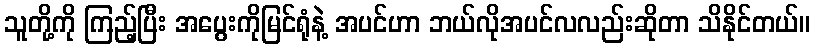
သူတို့ကို ကြည့်ပြီး အပွေးကိုမြင်ရုံနဲ့ အပင်ဟာ ဘယ်လိုအပင်လလည်းဆိုတာ သိနိုင်တယ်။